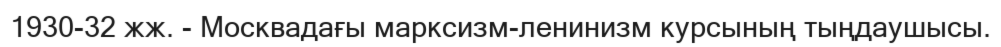
1930-32 жж. - Москвадағы марксизм-ленинизм курсының тыңдаушысы.